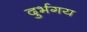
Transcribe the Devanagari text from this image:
दुर्भगय